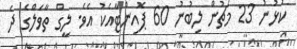
ކުޅުނު 23 މެޗުން ލިބުނު 60 ޕޮއިންޓާއެކު އެވެ. ލީގް ތާވަލްގެ ދެ